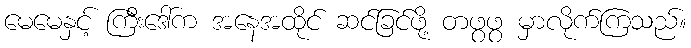
မေမေနှင့် ကြီးဒေါ်က အနေအထိုင် ဆင်ခြင်ဖို့ တဖွဖွ မှာလိုက်ကြသည်။